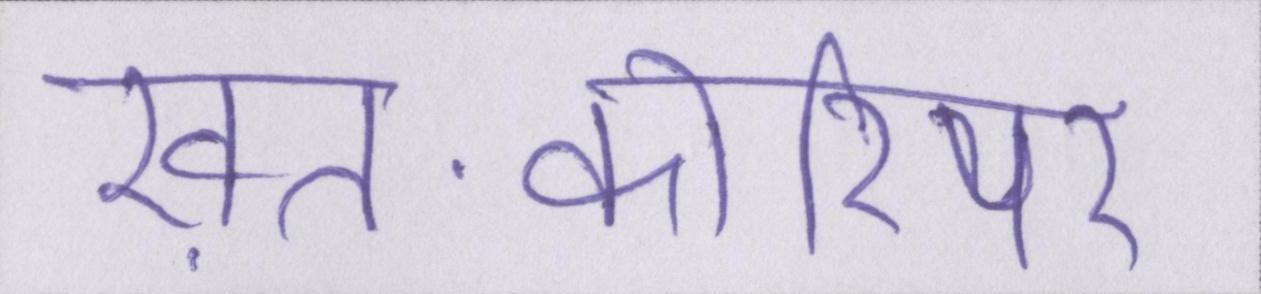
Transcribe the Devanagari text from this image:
ख़त-कोरियर